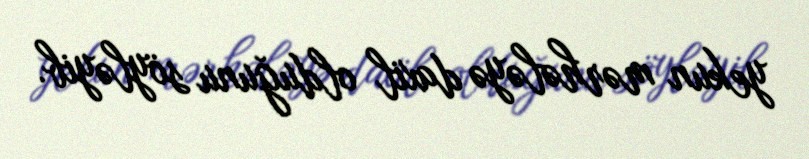
yekun mərhələyə daxil olduğunu söyləyib.